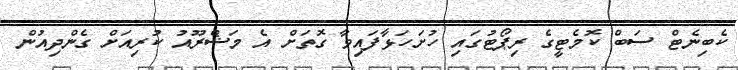
ކެބިނެޓް ސަބް ކޮމެޓީގެ ރިޕޯޓުގައި ހުށަހަޅާފައިވާ ގޮތަށް އެ މަޝްރޫއު ކުރިއަށް ގެންދިއުން